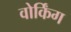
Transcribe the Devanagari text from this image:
वोर्किंग